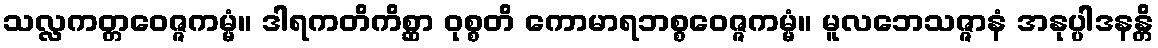
သလ္လကတ္တဝေဇ္ဇကမ္မံ။ ဒါရကတိကိစ္ဆာ ဝုစ္စတိ ကောမာရဘစ္စဝေဇ္ဇကမ္မံ။ မူလဘေသဇ္ဇာနံ အနုပ္ပါဒနန္တိ